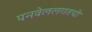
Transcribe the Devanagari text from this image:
पनवेललगतची